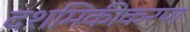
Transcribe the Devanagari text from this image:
दशमिकीकरण